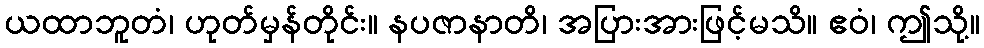
ယထာဘူတံ၊ ဟုတ်မှန်တိုင်း။ နပဇာနာတိ၊ အပြားအားဖြင့်မသိ။ ဧဝံ၊ ဤသို့။